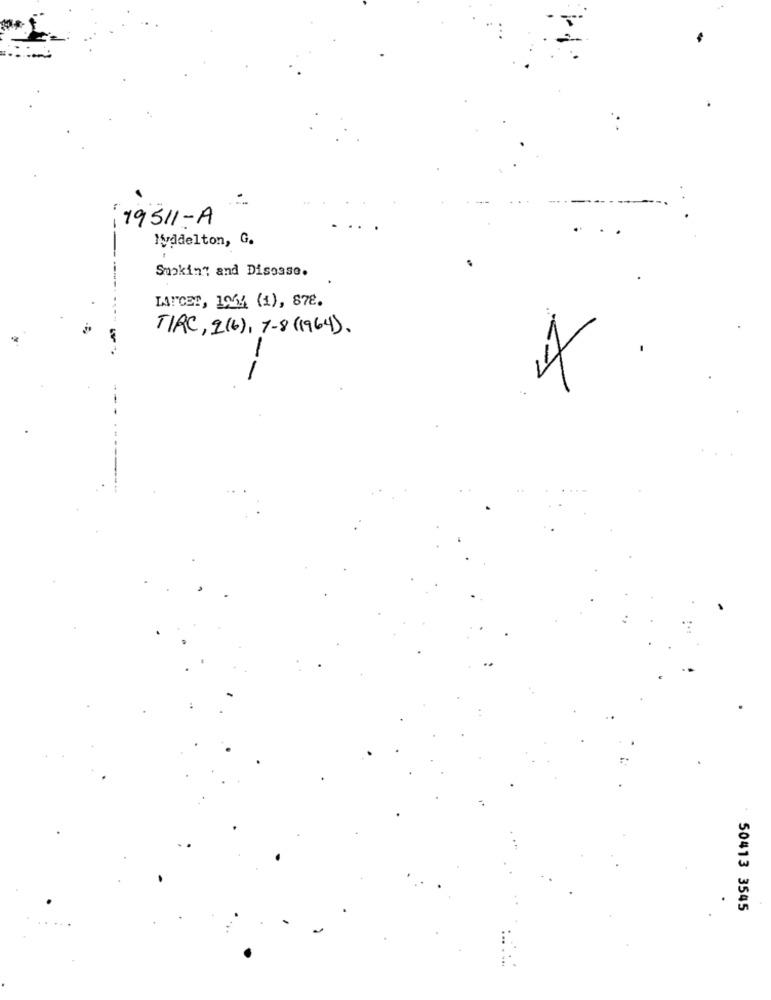
19511 - A
Ivadelton, G.
Smoking and Disease.
LANCER, 1994 (1), 878.
TIRC, 2(6) , 7-8 ( 1964 ).
-
:
50413 3545